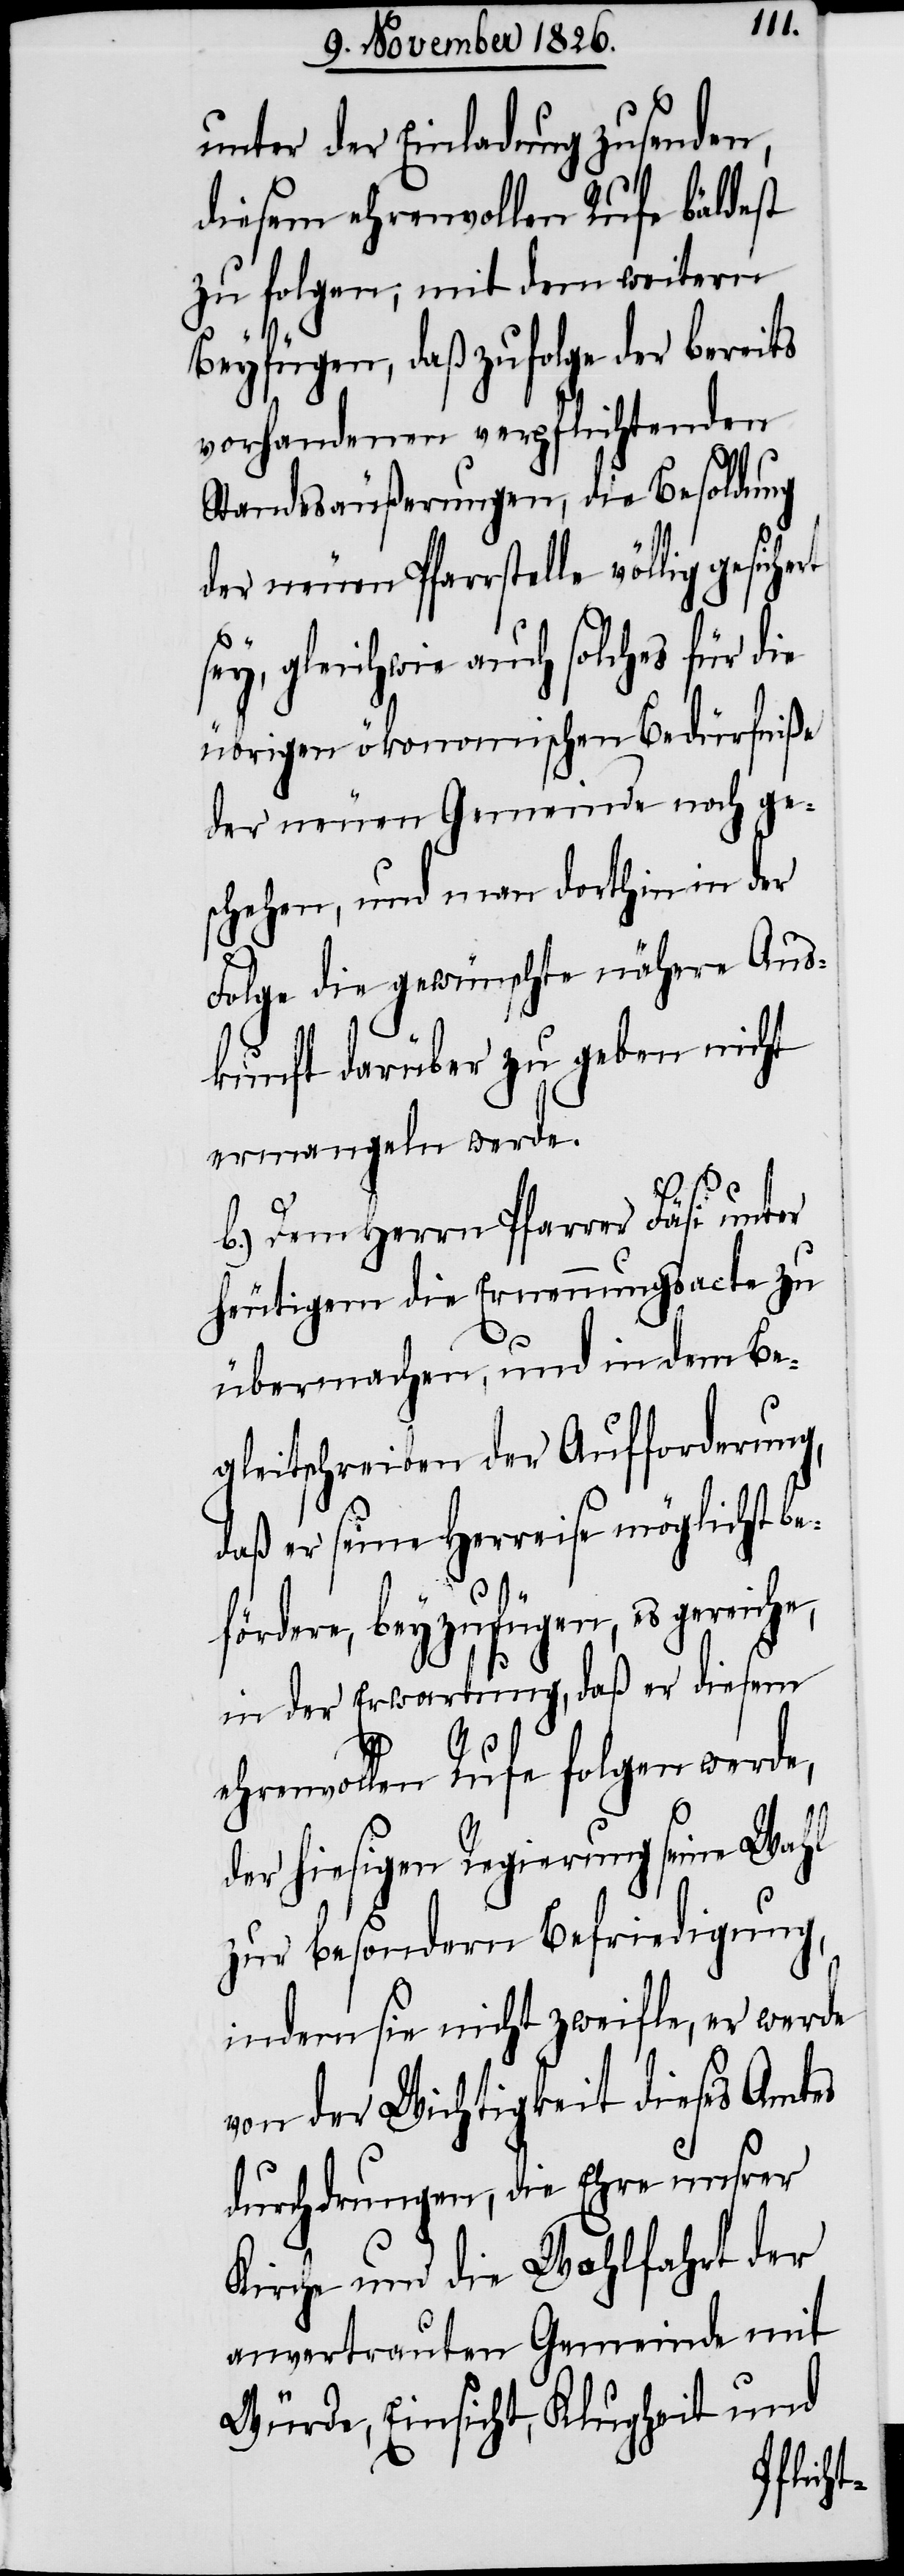
unter der Einladung zusenden,
diesem ehrenvollen Rufe bäldest
zu folgen; mit dem weitern
Beyfügen, daß zufolge der bereits
vorhandenen verpflichtenden
Standesäußerungen, die Besoldung
der neuen Pfarrstelle völlig
sey, gleichwie auch solches für die
übrigen ökonomischen Bedürfniße
der neuen Gemeinde noch ge¬
schehen, und man dorthin in der
Folge die gewünschte nähere Aus¬
kunft darüber zu geben nicht
ermangeln werde.
b.) Dem Herrn Pfarrer Fäsi unter
heutigem die Ernennungsacte zu
übermachen, und in dem Be¬
gleitschreiben der Aufforderung,
daß er seine Herreise möglichst be¬
fördere, beyzufügen, es gereiche,
in der Erwartung, daß er diesem
ehrenvollen Rufe folgen werde,
der hiesigen Regierung seine Wahl
zur besondern Befriedigung,
indem sie nicht zweifle, er werde
von der Wichtigkeit dieses Amtes
durchdrungen, die Ehre unsrer
Kirche und die Wohlfahrt der
anvertrauten Gemeinde mit
Würde, Einsicht, Klugheit und